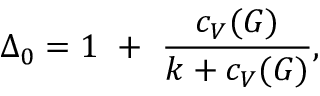
\Delta _ { 0 } = 1 ~ + ~ { \frac { c _ { V } ( G ) } { k + c _ { V } ( G ) } } ,